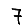
Digit: 7